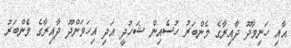
އާއި ހަނިމާދޫ ދާއިރާގެ މެންބަރު ހުސެއިން ޝަހުދީ އަދި އިހަވަންދޫ ދާއިރާގެ މެންބަރު